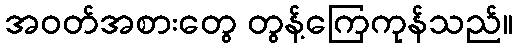
အဝတ်အစားတွေ တွန့်ကြေကုန်သည်။